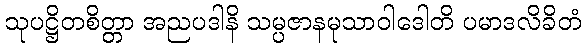
သုပဋ္ဌိတစိတ္တာ အညပဒါနိ သမ္ပဇာနမုသာဝါဒေါတိ ပမာဒလိခိတံ